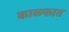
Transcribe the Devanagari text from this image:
काळफात